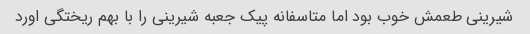
شیرینی طعمش خوب بود اما متاسفانه پیک جعبه شیرینی را با بهم ریختگی اورد